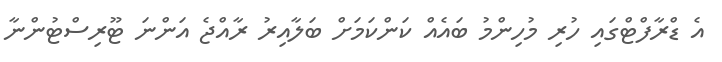
އެ ޑްރާފްޓްގައި ހުރި މުހިންމު ބައެއް ކަންކަމަށް ބަލާއިރު ރާއްޖެ އަންނަ ޓޫރިސްޓުންނާ